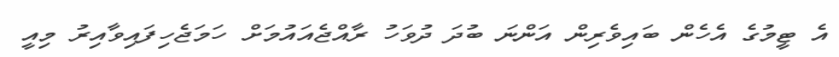
އެ ޓީމުގެ އެހެން ބައިވެރިން އަންނަ ބުދަ ދުވަހު ރާއްޖެއައުމަށް ހަމަޖެހިފައިވާއިރު މިއީ